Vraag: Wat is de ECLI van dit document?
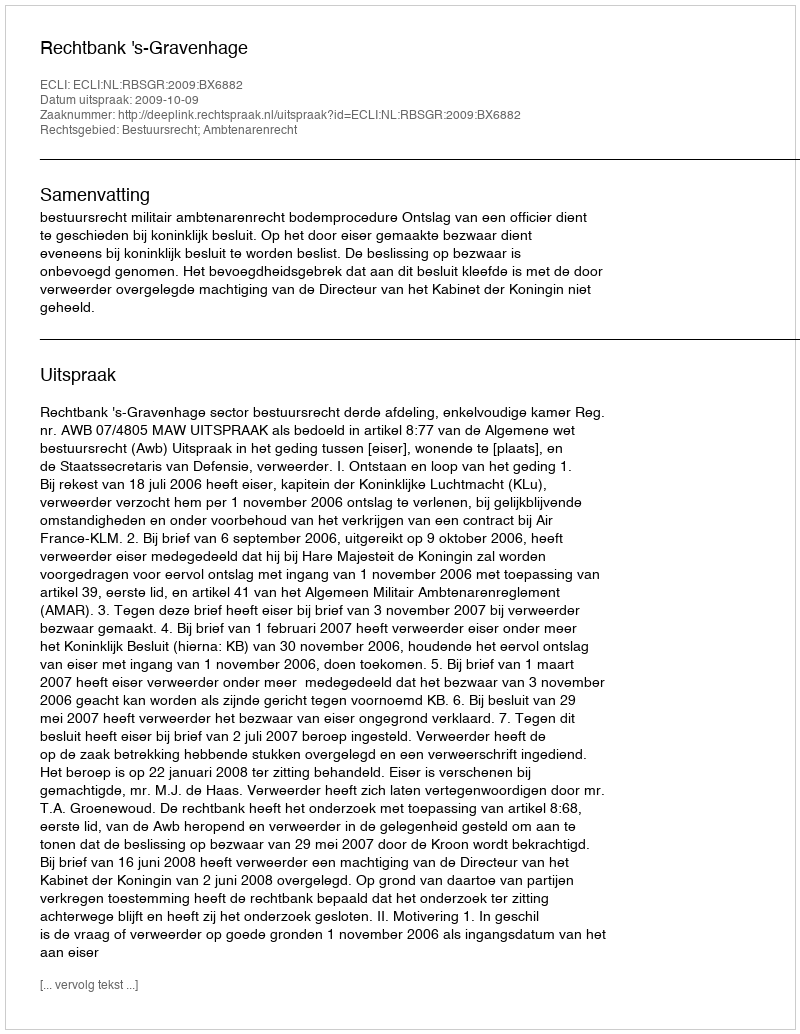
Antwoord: ECLI:NL:RBSGR:2009:BX6882